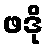
ဖဒို